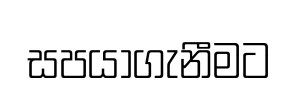
සපයාගැනීමට